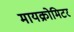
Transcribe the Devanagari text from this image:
मायक्रोमिटर